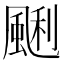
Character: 䬆